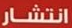
انتشار